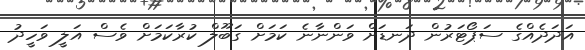
އަދަދެއްގެ ސަޕޯޓަރުން ދަނޑަށް ވަންނާނެ ކަމަށް ގަބޫލް ކުރާކަމަށް ވެސް އަލީ ވަހީދު